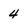
Character: 4